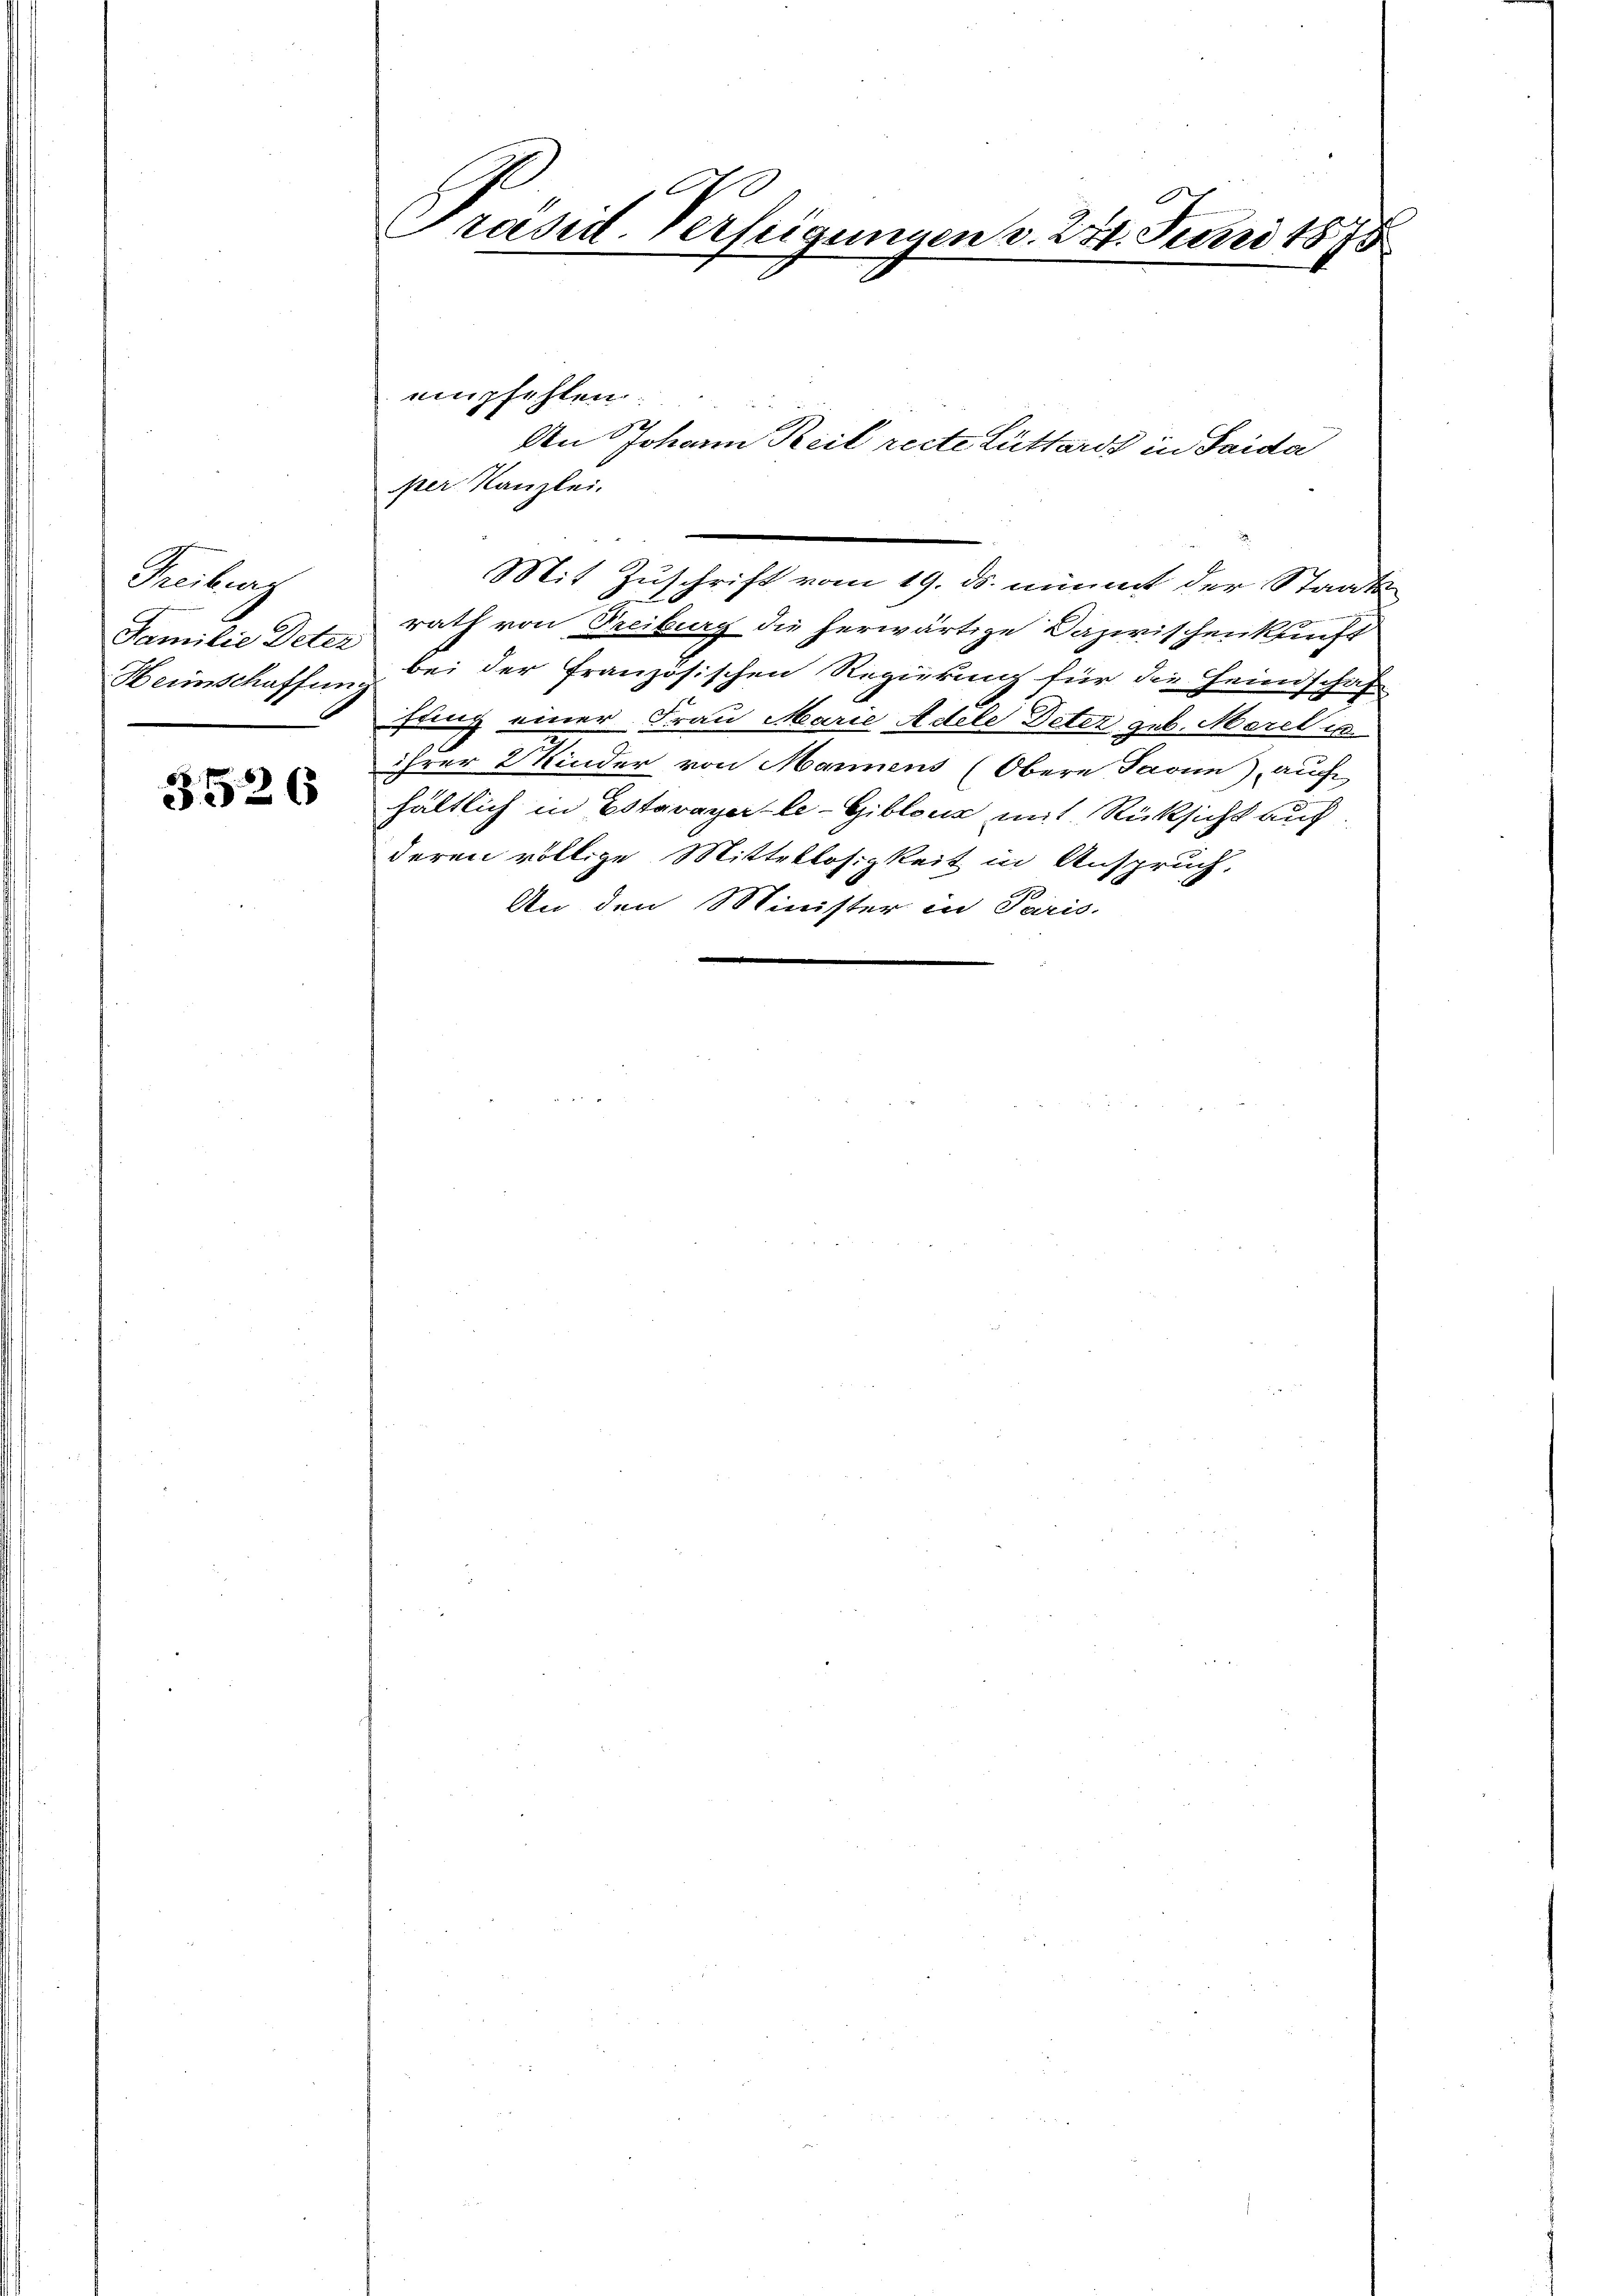
Freiburg

3526

0
Präsid. Verfeigungen v. 274. Juni 1873

empfehlen.
per Kanzlei.
Mit Zuschrift vom 19. ds. nimmt der Staats
Familie Dete rath von Freiburg die herwärtige Dazwischenkunft
Heinschaffung bei der französischen Regierung für die Heinschaf
fang einer Frau Marie Adele Deter geb. Morel e
ihrer 2 Kinder von Marmens (Obern Savin), auch
hältlich in Estavayer le-Giblona mit Rücksicht auf
deren völlige Mittellosigkeit in Anspruch,
An den Minister in Paris.

22
An Johann Keil recte Lüthards in Saida